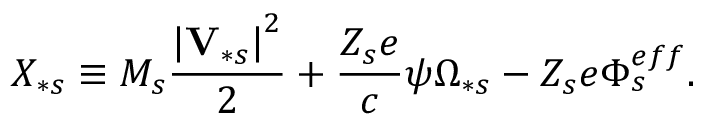
X _ { \ast s } \equiv M _ { s } \frac { \left\vert \mathbf { V } _ { \ast s } \right\vert ^ { 2 } } { 2 } + \frac { Z _ { s } e } { c } \psi \Omega _ { \ast s } - Z _ { s } e \Phi _ { s } ^ { e f f } .